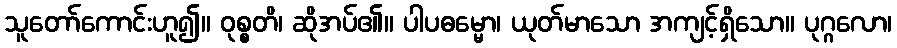
သူတော်ကောင်းဟူ၍။ ဝုစ္စတိ၊ ဆိုအပ်၏။ ပါပဓမ္မော၊ ယုတ်မာသော အကျင့်ရှိသော။ ပုဂ္ဂလော၊